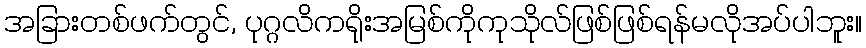
အခြားတစ်ဖက်တွင်, ပုဂ္ဂလိကရိုးအမြစ်ကိုကုသိုလ်ဖြစ်ဖြစ်ရန်မလိုအပ်ပါဘူး။